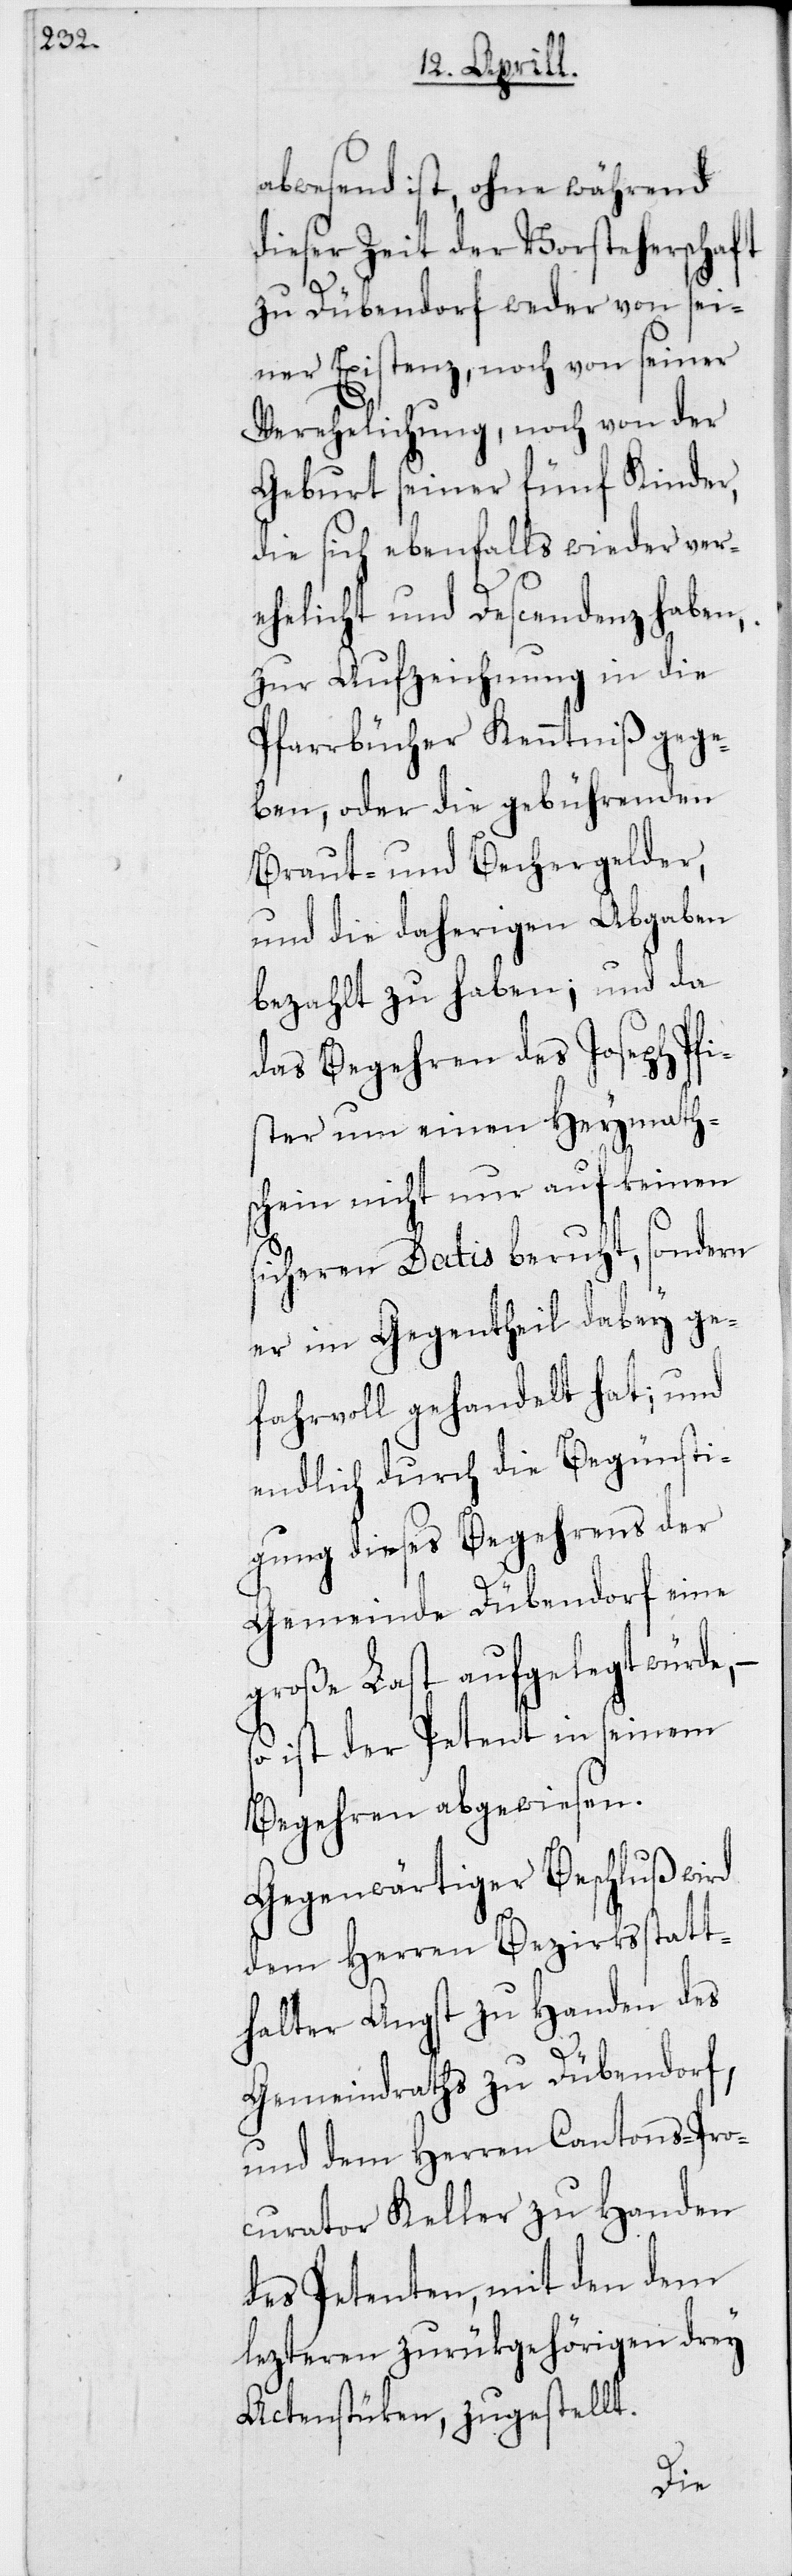
abwesend ist, ohne während
dieser Zeit der Vorsteherschaft
zu Dübendorf weder von sei¬
ner Existenz, noch von seiner
Verehelichung, noch von der
Geburt seiner fünf Kinder,
die sich ebenfalls wieder ver¬
ehelicht und Descendenz haben,
zur Aufzeichnung in die
Pfarrbücher Kenntniß gege¬
ben, oder die gebührenden
Braut- und Bechergelder
und die daherigen Abgaben
bezahlt zu haben; und da
das Begehren des Joseph Pfi¬
ster um einen Heymath¬
schein nicht nur auf keinen
sicheren Datis beruht, sondern
er im Gegentheil dabey ge¬
fahrvoll gehandelt hat; und
endlich durch die Begünsti¬
gung dieses Begehrens der
Gemeinde Dübendorf eine
große Last aufgelegt würde,
so ist der Petent in seinem
Begehren abgewiesen.
Gegenwärtiger Beschluß wird
dem Herren Bezirksstatt¬
halter Angst zu Handen des
Gemeindraths zu Dübendorf,
und dem Herren Cantons-Pro¬
curator Keller zu Handen
des Petenten, mit den dem
lezteren zurükgehörigen drey
Actenstücken, zugestellt.